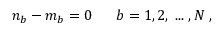
n _ { b } - m _ { b } = 0 \; \; \; \; \; \; b = 1 , 2 , \; . . . \; , N \; ,